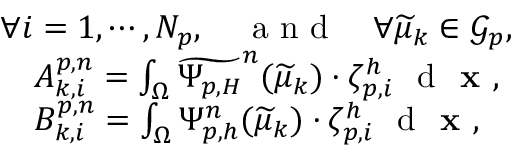
\begin{array} { r l } & { \forall i = 1 , \cdots , N _ { p } , \quad \textrm { a n d } \quad \forall \widetilde { \mu } _ { k } \in \mathcal { G } _ { p } , } \\ & { \quad A _ { k , i } ^ { p , n } = \int _ { \Omega } \widetilde { \Psi _ { p , H } } ^ { n } ( \widetilde { \mu } _ { k } ) \cdot \zeta _ { p , i } ^ { h } \ \textrm { d } \textbf { x } , } \\ & { \quad B _ { k , i } ^ { p , n } = \int _ { \Omega } \Psi _ { p , h } ^ { n } ( \widetilde { \mu } _ { k } ) \cdot \zeta _ { p , i } ^ { h } \ \textrm { d } \textbf { x } , } \end{array}